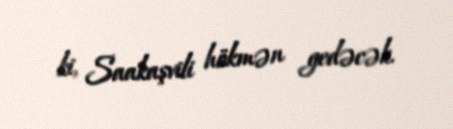
ki, Saakaşvili hökmən gedəcək.